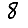
Digit: 8